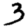
Digit: 3